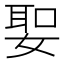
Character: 𡞺